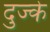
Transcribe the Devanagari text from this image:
दुज्के